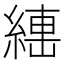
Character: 𱹺